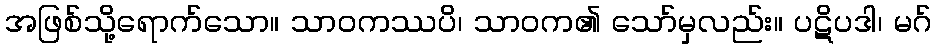
အဖြစ်သို့ရောက်သော။ သာဝကဿပိ၊ သာဝက၏ သော်မှလည်း။ ပဋိပဒါ၊ မဂ်